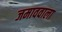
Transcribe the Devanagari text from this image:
जमाववाला